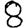
Digit: 8